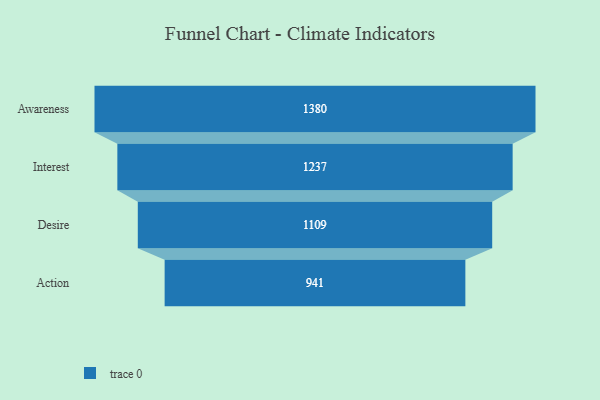
{"axis": {"x": "Stage", "y": "Value"}, "legend": [""], "data": [{"x": "Awareness", "y": 1380.0, "type": ""}, {"x": "Interest", "y": 1237.0, "type": ""}, {"x": "Desire", "y": 1109.0, "type": ""}, {"x": "Action", "y": 941.0, "type": ""}]}